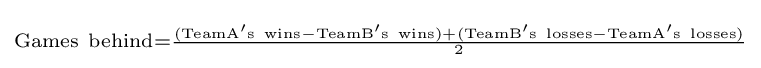
\scriptstyle \mathrm {Games} \ \mathrm {behind} ={\frac {(\mathrm {TeamA's} \ \mathrm {wins} -\mathrm {TeamB's} \ \mathrm {wins} )+(\mathrm {TeamB's} \ \mathrm {losses} -\mathrm {TeamA's} \ \mathrm {losses} )}{\mathrm {2} }}